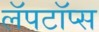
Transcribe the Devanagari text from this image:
लॅपटॉप्स